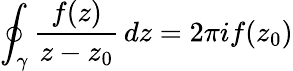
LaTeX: \oint_{\gamma}{\frac{f(z)}{z-z_{0}}}\, dz=2\pi if(z_{0})